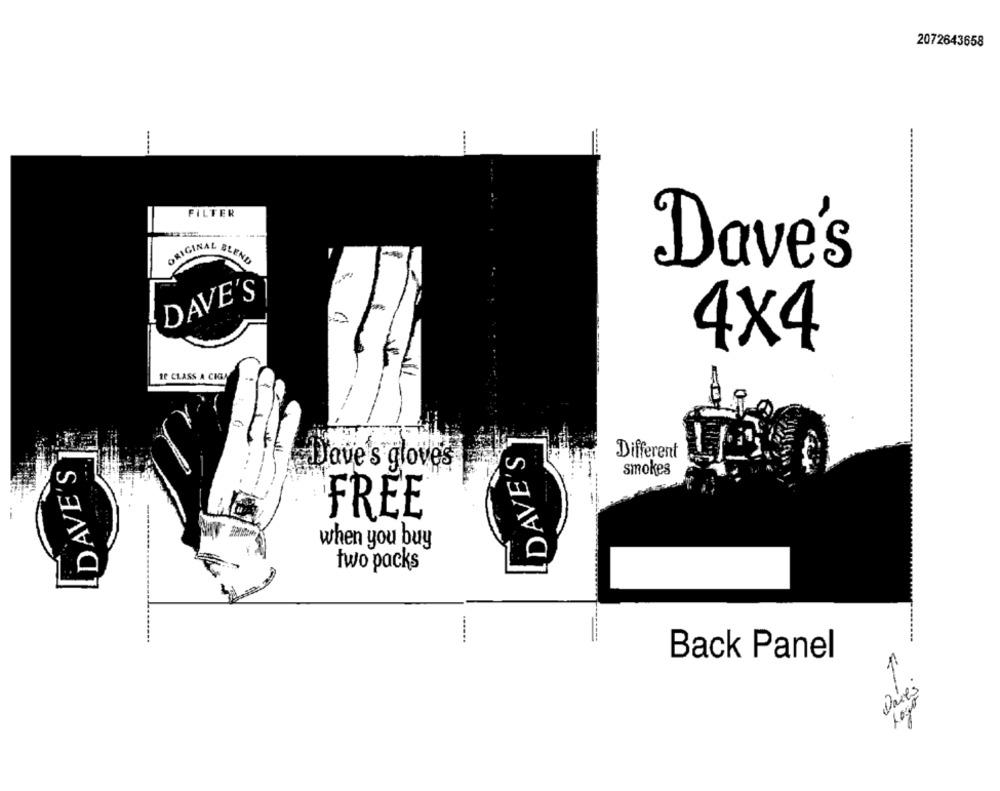
2072643658
....
FILTER
ORIGINAL BLEND
-
Dave's
DAVE'S
4×4
10 CLASS A CHRA
LDAVE'S
DAVE'S
Different
Dave's glove's
smokes
FREE
when you buy
two packs
......
Back Panel
Dases